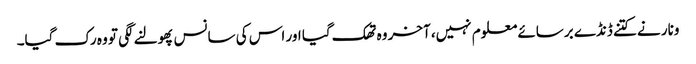
ونار نے کتنے ڈنڈے برسائے معلوم نہیں، آخر وہ تھک گیا اور اس کی سانس پھولنے لگی تو وہ رک گیا۔